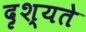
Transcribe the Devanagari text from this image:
दृश्यते